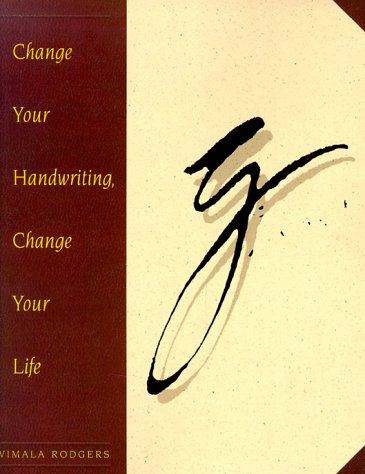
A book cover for Change Your Handwriting, Change Your Life; Vimala Rodgers; Self-Help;